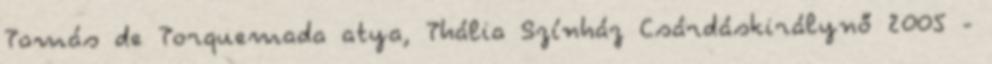
Tomás de Torquemada atya, Thália Színház Csárdáskirálynő 2005 -